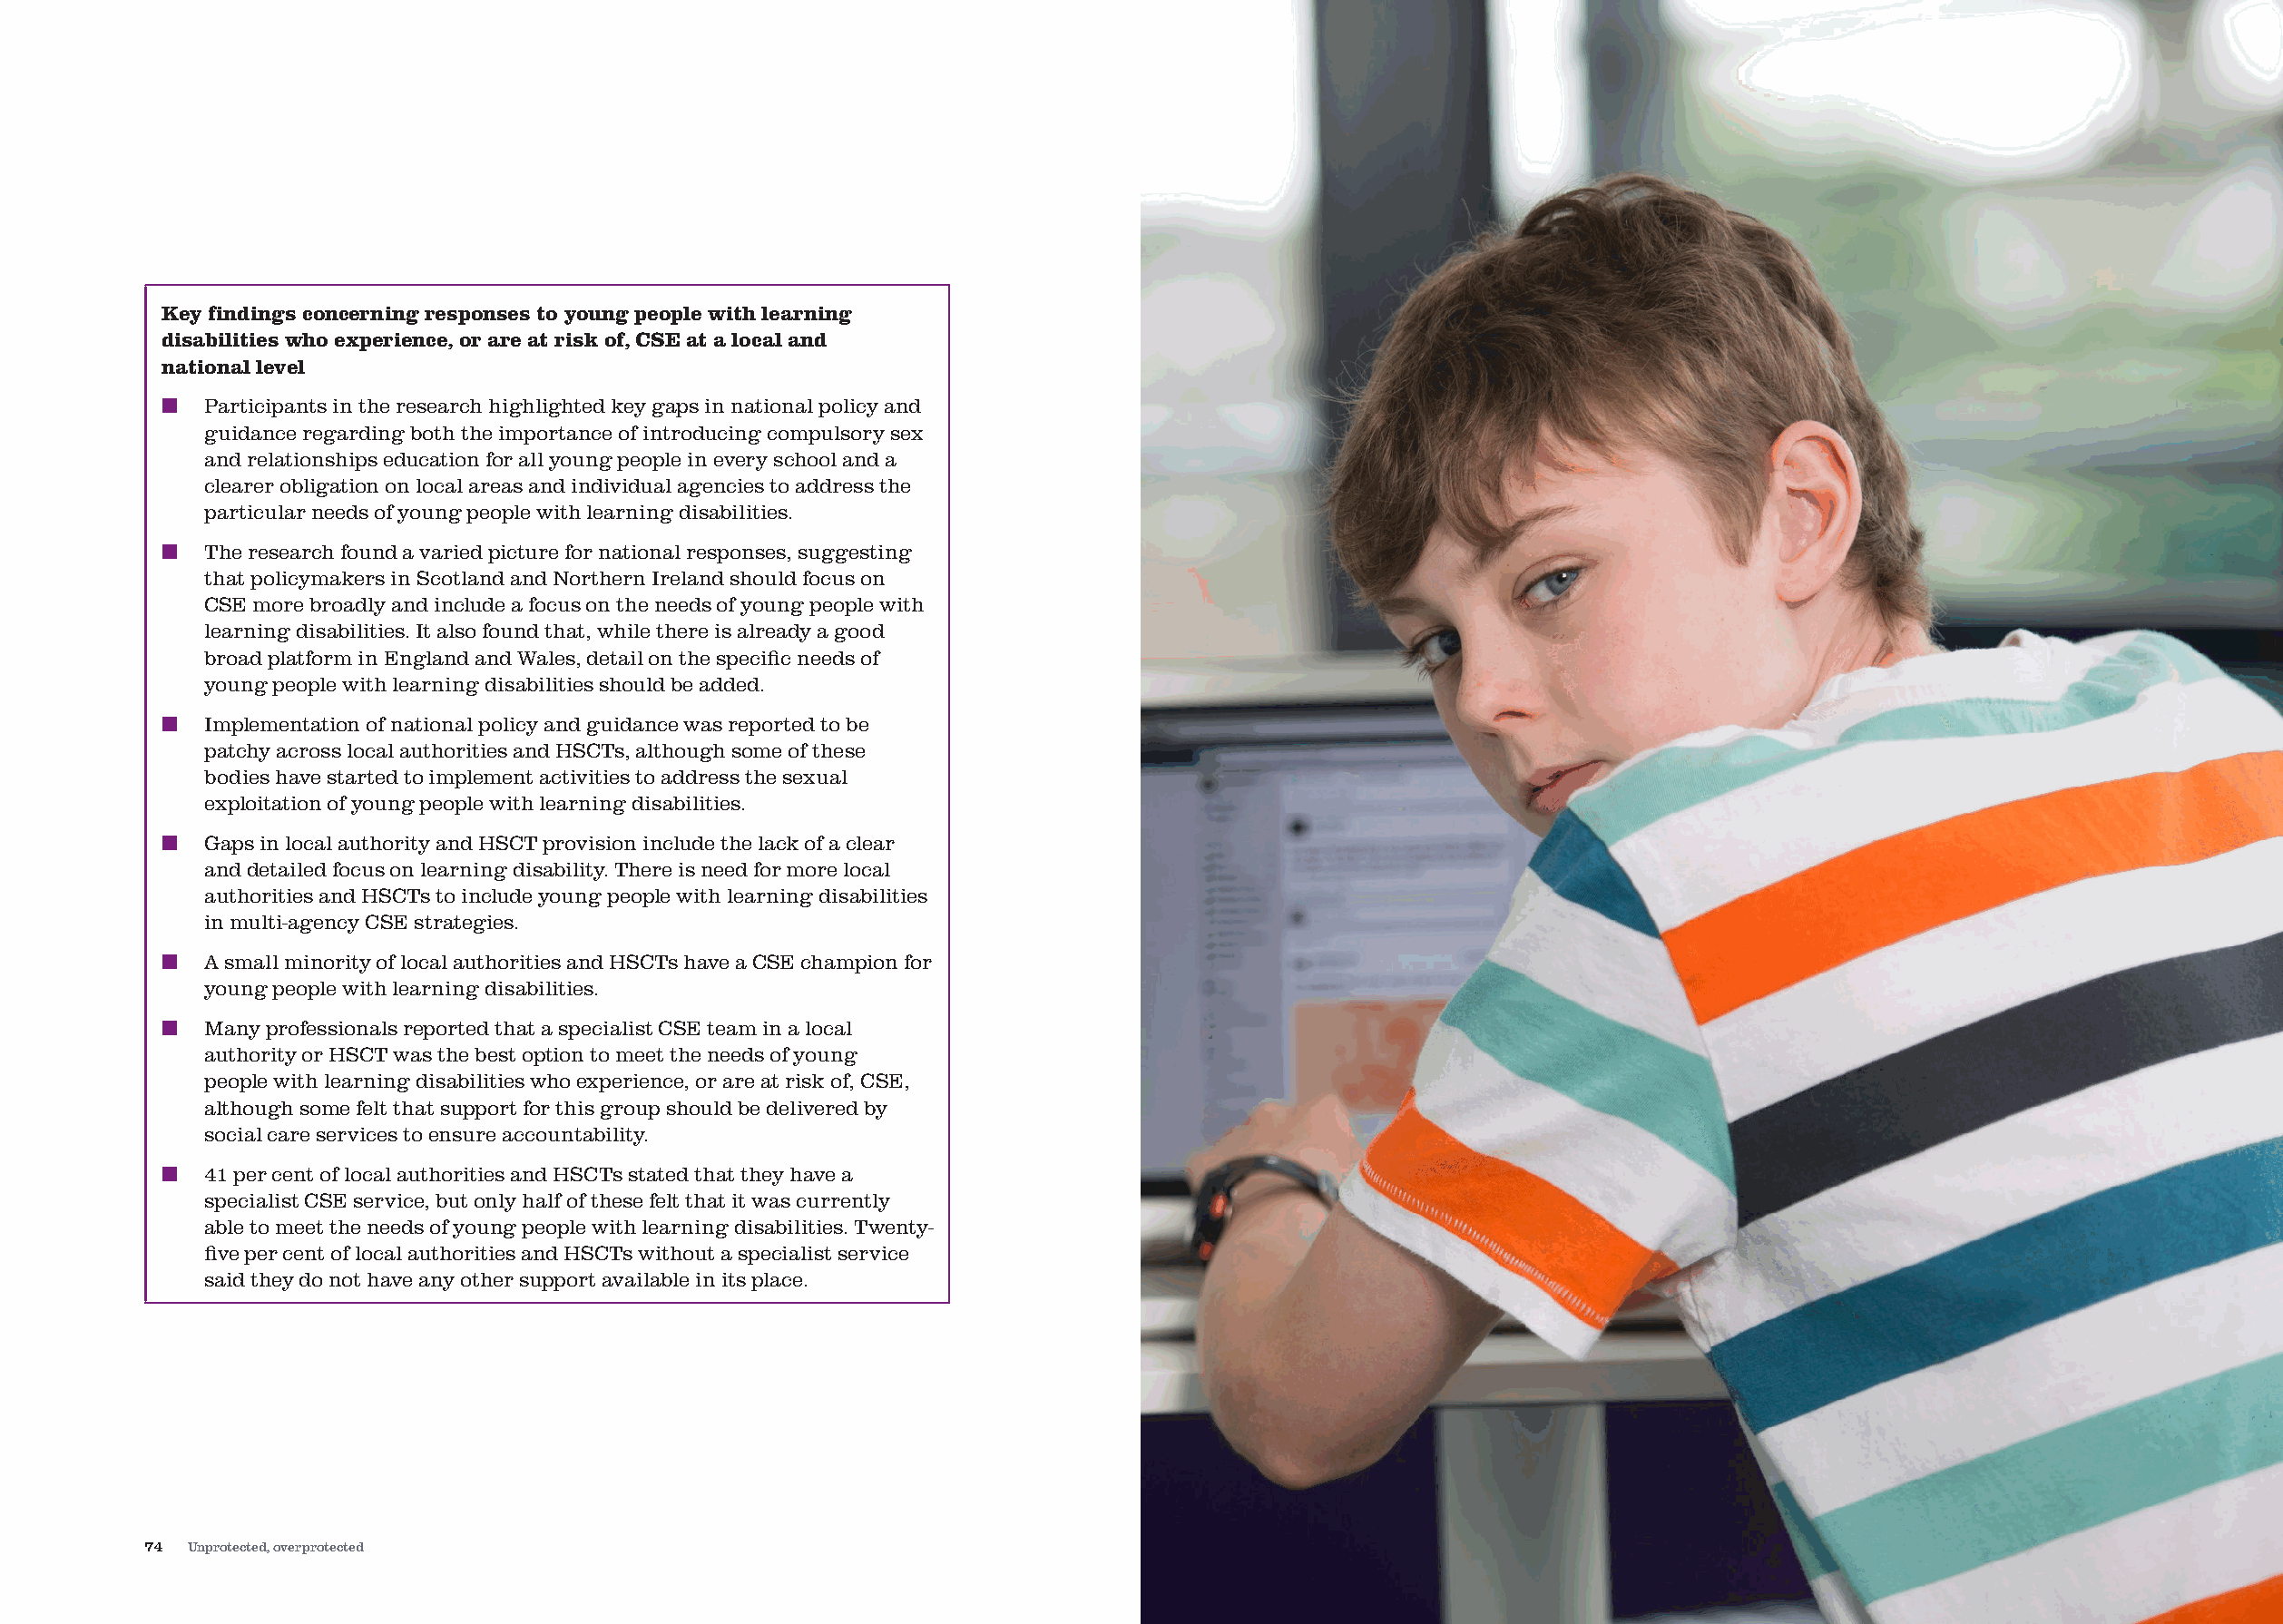
Key findings concerning responses to young people with learning
 disabilities who experience, or are at risk of, CSE at a local and
 national level
 ■  Participants in the research highlighted key gaps in national policy and
 guidance regarding both the importance of introducing compulsory sex
 and relationships education for all young people in every school and a
 clearer obligation on local areas and individual agencies to address the
 particular needs of young people with learning disabilities.
 ■  The research found a varied picture for national responses, suggesting
 that policymakers in Scotland and Northern Ireland should focus on
 CSE more broadly and include a focus on the needs of young people with
 learning disabilities. It also found that, while there is already a good
 broad platform in England and Wales, detail on the specific needs of
 young people with learning disabilities should be added.
 ■  Implementation of national policy and guidance was reported to be
 patchy across local authorities and HSCTs, although some of these
 bodies have started to implement activities to address the sexual
 exploitation of young people with learning disabilities.
 ■  Gaps in local authority and HSCT provision include the lack of a clear
 and detailed focus on learning disability. There is need for more local
 authorities and HSCTs to include young people with learning disabilities
 in multi-agency CSE strategies.
 ■  A small minority of local authorities and HSCTs have a CSE champion for
 young people with learning disabilities.
 ■  Many professionals reported that a specialist CSE team in a local
 authority or HSCT was the best option to meet the needs of young
 people with learning disabilities who experience, or are at risk of, CSE,
 although some felt that support for this group should be delivered by
 social care services to ensure accountability.
 ■  41 per cent of local authorities and HSCTs stated that they have a
 specialist CSE service, but only half of these felt that it was currently
 able to meet the needs of young people with learning disabilities. Twenty-
 five per cent of local authorities and HSCTs without a specialist service
 said they do not have any other support available in its place.
 74 Unprotected, overprotected                                                                                                    Unprotected, overprotected 75